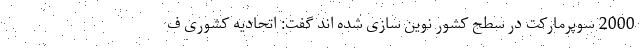
2000 سوپرمارکت در سطح کشور نوین سازی شده اند گفت: اتحادیه کشوری ف